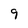
Character: 9